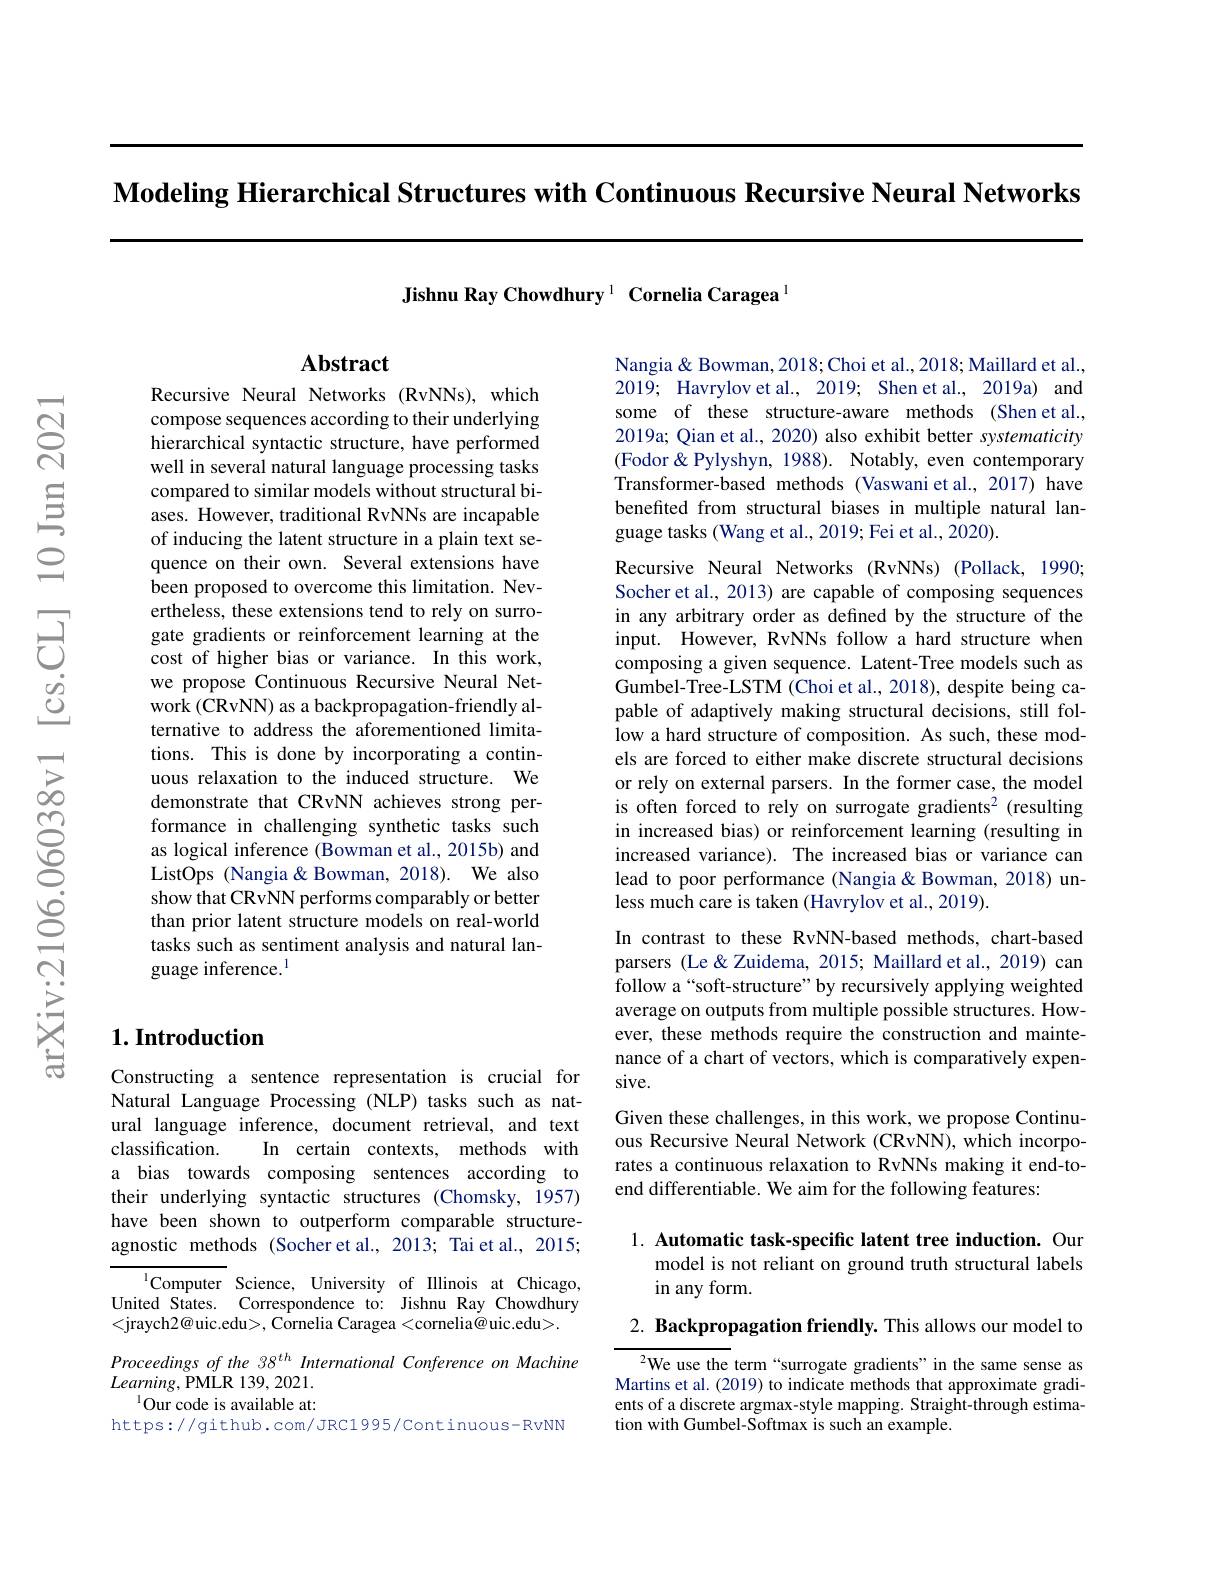
Modeling Hierarchical Structures with Continuous Recursive Neural Networks

Jishnu Ray Chowdhury $^{1}$ Cornelia Caragea$^{[\mathrm{m}]}$

## $\mathbf{Abstract}$

Recursive Neural Networks (RvNNs), which compose sequences according to their underlying $\hat{\text{hierarchical syntactic structure, have performed}}$ well in several natural language processing tasks compared to similar models without structural biases. However, traditional RvNNs are incapable of inducing the latent structure in a plain text sequence on their own. Several extensions have been proposed to overcome this limitation. Nevertheless, these extensions tend to rely on surrogate gradients or reinforcement learning at the cost of higher bias or variance. In this work, we propose Continuous Recursive Neural Network (CRvNN) as a backpropagation-friendly alternative to address the aforementioned limitations. This is done by incorporating a continuous relaxation to the induced structure. We demonstrate that CRvNN achieves strong performance in challenging synthetic tasks such as logical inference (Bowman et al., 2015b) and ListOps (Nangia& Bowman, 2018). We also show that CRvNN performs comparably or better than prior latent structure models on real-world tasks such as sentiment analysis and natural language inference.$^{1}$

## $1. \textbf{Introduction}$

Constructing a sentence representation is crucial for Natural Language Processing (NLP) tasks such as natural language inference, document retrieval, and text classification.
In certain contexts, methods with
a bias towards composing sentences according to their underlying syntactic structures (Chomsky, 1957) have been shown to outperform comparable structureagnostic methods (Socher et al., 2013; Tai et al., 2015;

$^{\mathrm{l}}$Computer Science, University of Illinois at Chicago, United States. Correspondence to: Jishnu Ray Chowdhury <jraych2@uic.edu>, Cornelia Caragea<cornelia@uic.edu><jraych2@uic.edu>, Cornelia Caragea<cornelia$\textcircled{\mathrm{@}}$uic.edu>.
Proceedings of the 38$^{th}$ International Conference on Machine
$Learning$,PMLR 139,2021.
$^{1}$Our code is available at:
https://github.com/JRC1995/Continuous-RvNN

Nangia& Bowman, 2018; Choi et al., 2018; Maillard et al., 2019; Havrylovet al., 2019; Shen et al., 2019a) and some of these structure-aware methods (Shen et al., 2019a; Qian et al., 2020) also exhibit better systematicity (Fodor & Pylyshyn, 1988). Notably, even contemporary Transformer-based methods (Vaswani et al., 2017) have benefited from structural biases in multiple natural language tasks (Wang et al., 2019; Fei et al., 2020).
Recursive Neural Networks (RvNNs) (Pollack, 1990; Socher et al., 2013) are capable of composing sequences in any arbitrary order as defined by the structure of the input. However, RvNNs follow a hard structure when composing a given sequence. Latent-Tree models such as Gumbel-Tree-LSTM (Choi et al., 2018), despite being capable of adaptively making structural decisions, still fol- $\hat{\text{low a hard structure of composition. As such, these mod-}}$ els are forced to either make discrete structural decisions or rely on external parsers. In the former case, the model is often forced to rely on surrogate gradients$^2$ (resulting in increased bias) or reinforcement learning (resulting in increased variance). The increased bias or variance can lead to poor performance (Nangia&Bowman,2018)unless much care is taken (Havrylov et al., 2019).
In contrast to these RvNN-based methods, chart-based parsers (Le& Zuidema, 2015; Maillard et al., 2019) can follow a“soft-structure”by recursively applying weighted average on outputs from multiple possible structures. However, these methods require the construction and maintenance of a chart of vectors, which is comparatively expensive.
Given these challenges, in this work, we propose Continuous Recursive Neural Network (CRvNN),which incorporates a continuous relaxation to RvNNs making it end-toend differentiable. We aim for the following features:

1. Automatic task-specific latent tree induction. Our
model is not reliant on ground truth structural labels
## in any form.

2. Backpropagation friendly. This allows our model to

${^{2}\text{We use the term“surrogate gradients”in the same sense as}}$ Martins et al. (2019) to indicate methods that approximate gradients of a discrete argmax-style mapping. Straight-through estimation with Gumbel-Softmax is such an example.